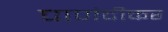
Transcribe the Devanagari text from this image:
पाणंदीकर